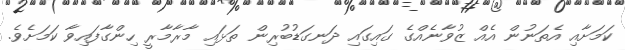
ކަމަށާއި އެތަނުން އެއް ޒުވާނެއްގެ ގައިގައި ދަނގަޑުބުރިން ތަޅައި މާރާމާރީ ހިންގާފައިވާ ކަމަށެވެ.